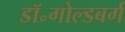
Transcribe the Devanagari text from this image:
डॉ॰गोल्डबर्ग